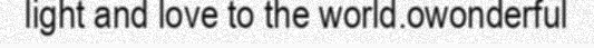
light and love to the world.owonderful